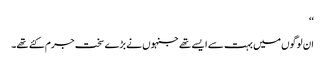
‘‘
ان لوگوں میں بہت سے ایسے تھے جنہوں نے بڑے سخت جرم کئے تھے۔